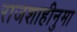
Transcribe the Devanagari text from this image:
राजशाहीनुमा